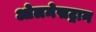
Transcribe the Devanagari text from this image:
ओलमेसट्रान